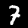
Label: 7